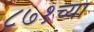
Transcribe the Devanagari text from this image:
८७१च्या